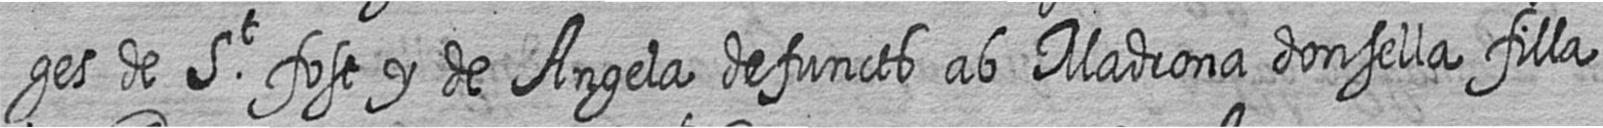
ges de St fost y de Angela defuncts ab Madrona donsella filla